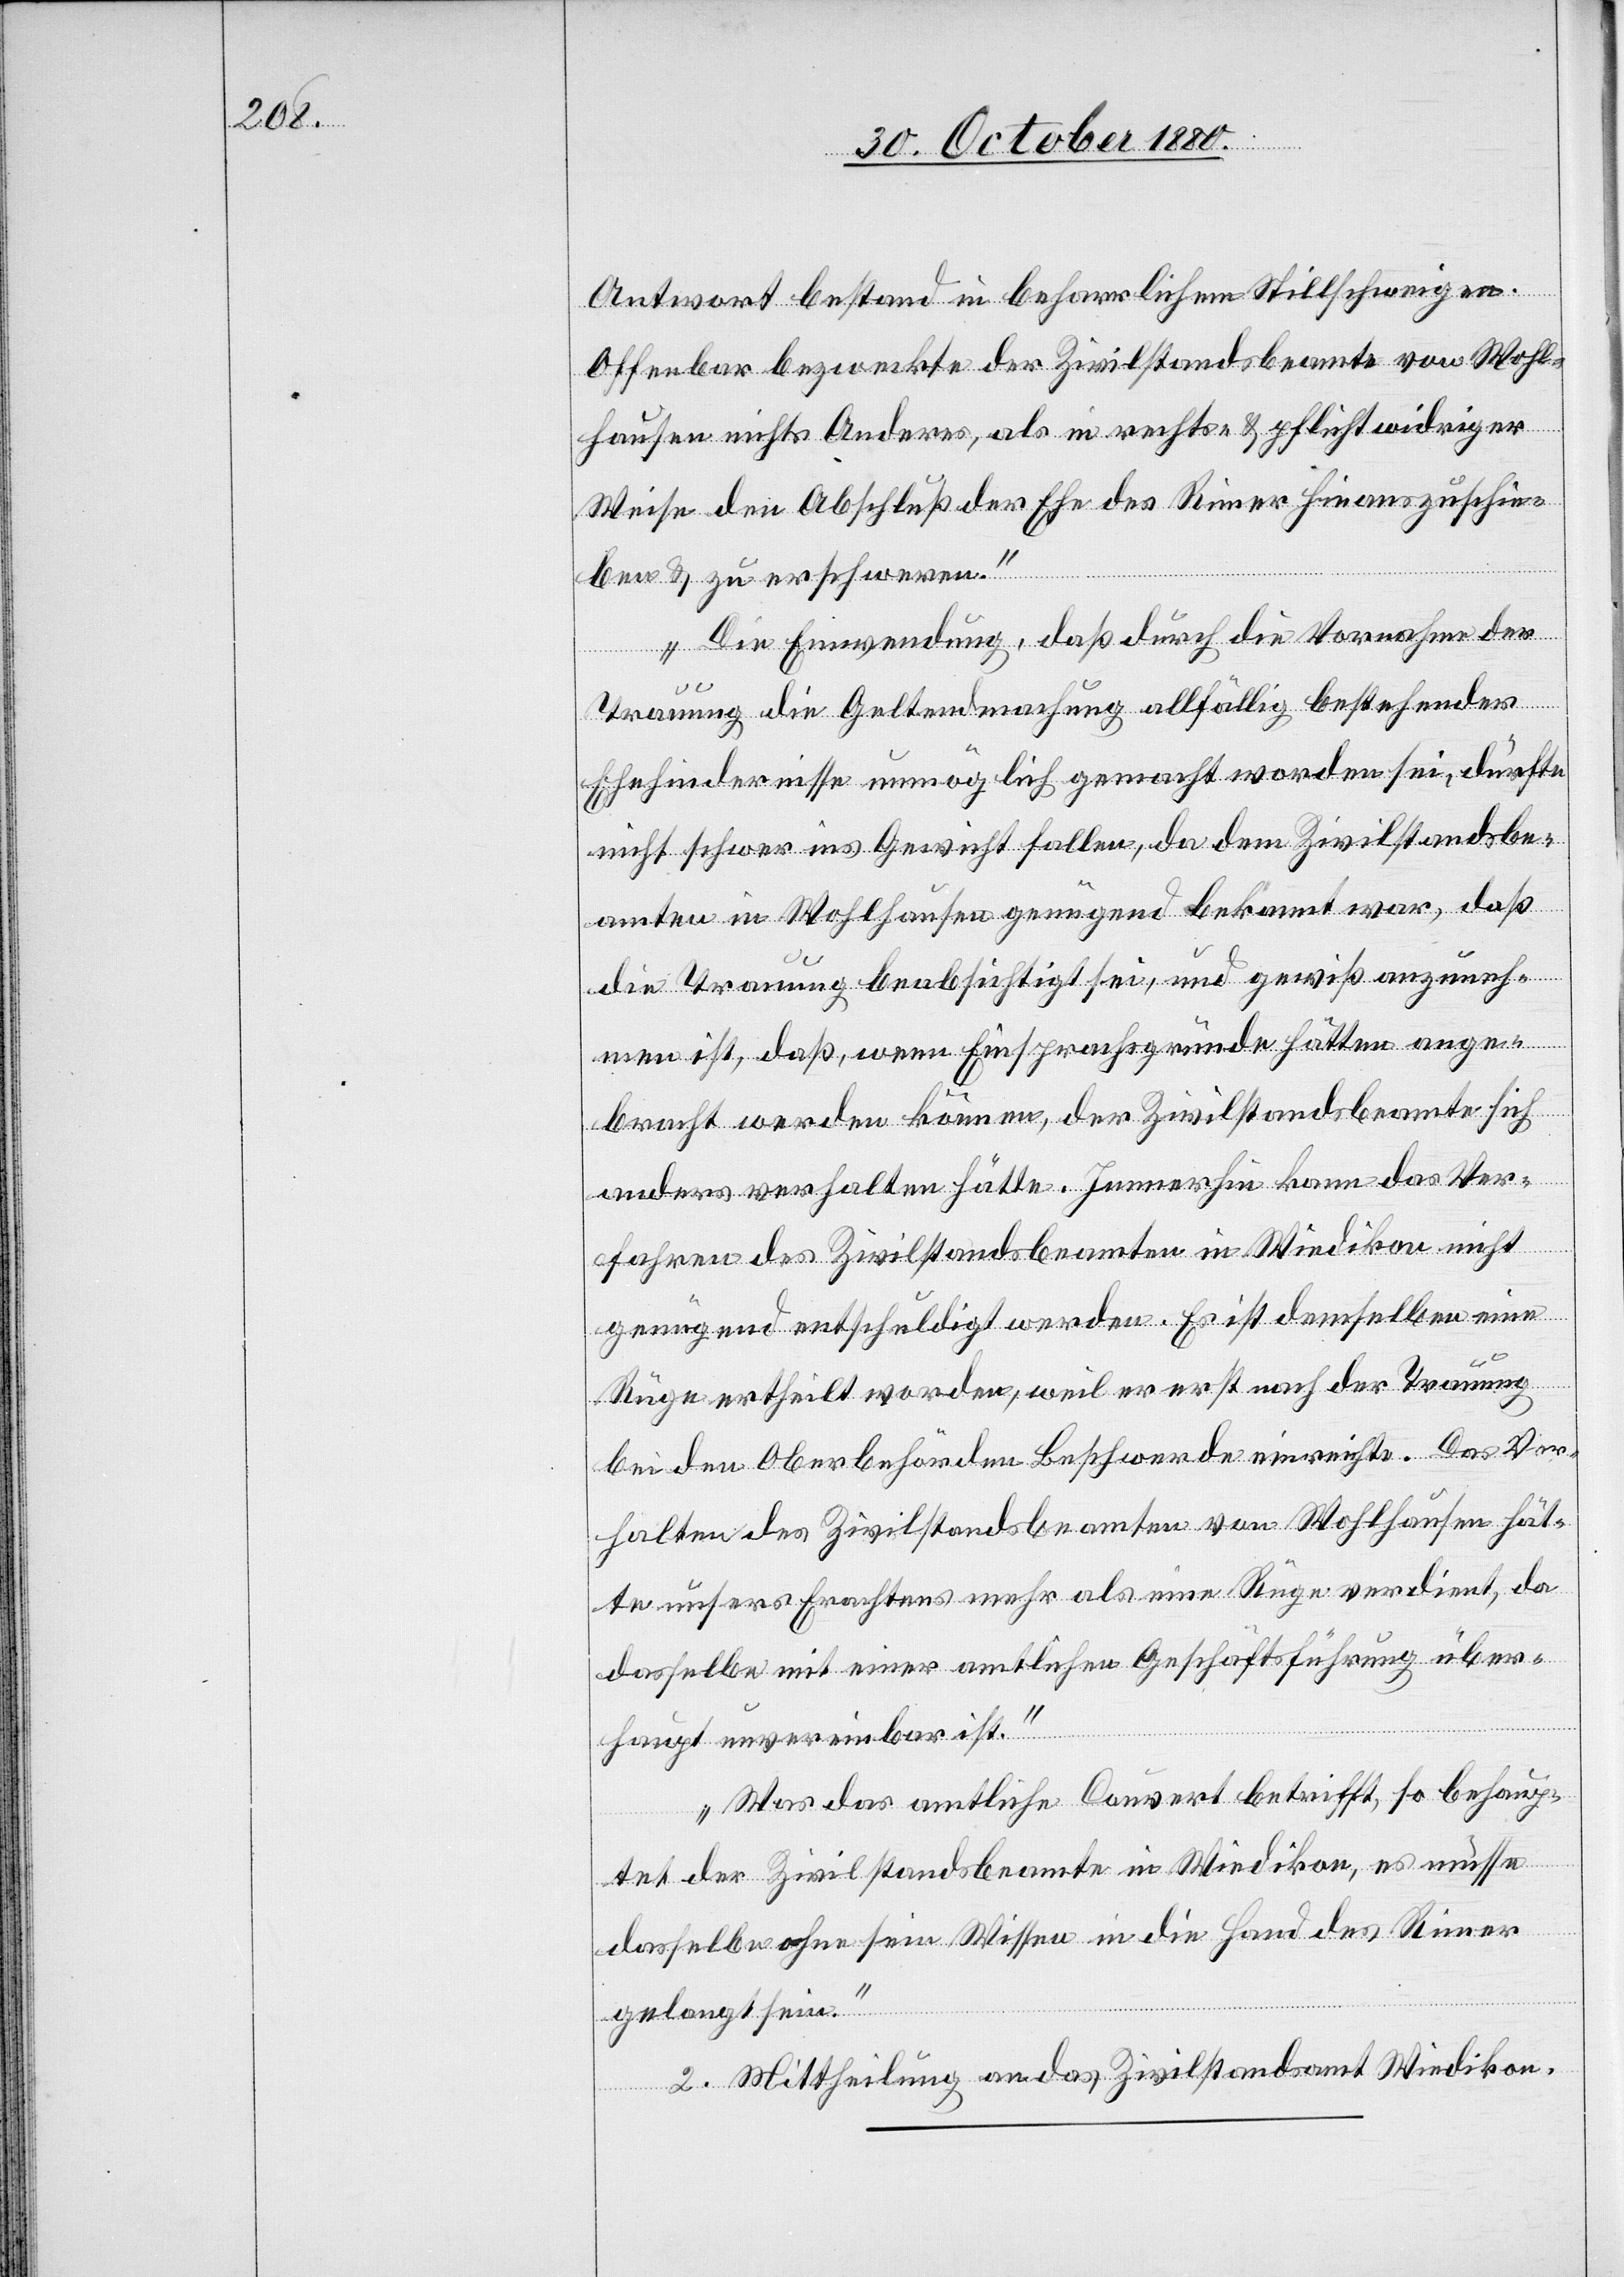
Antwort bestand in beharrlichem Stillschweigen.
Offenbar bezweckte der Zivilstandsbeamte von Wohl¬
hausen nichts Anderes, als in rechts- & pflichtwidriger
Weise den Abschluß der Ehe des Riner hinauszuschie¬
ben & zu erschweren.
Die Einwendung, daß durch die Vornahme der
Trauung die Geltendmachung allfällig bestehender
Ehehindernisse unmöglich gemacht worden sei, dürfte
nicht schwer ins Gewicht fallen, da dem Zivilstandsbe¬
amten in Wohlhausen genügend bekannt war, daß
die Trauung beabsichtigt sei, und gewiß anzuneh¬
men ist, daß, wenn Einsprachsgründe hätten ange¬
bracht werden können, der Zivilstandsbeamte sich
anders verhalten hätte. Immerhin kann das Ver¬
fahren des Zivilstandsbeamten in Wiedikon nicht
genügend entschuldigt werden. Es ist demselben eine
Rüge ertheilt worden, weil er erst nach der Trauung
bei den Oberbehörden Beschwerde einreichte. Das Ver¬
halten des Zivilstandsbeamten von Wohlhausen hät¬
te unsers Erachtens mehr als eine Rüge verdient, da
dasselbe mit einer amtlichen Geschäftsführung über¬
haupt unvereinbar ist.
Was das amtliche Couvert betrifft, so behaup¬
tet der Zivilstandsbeamte in Wiedikon, es müsse
dasselbe ohne sein Wissen in die Hand des Riner
gelangt sein.“
II. Mittheilung an das Zivilstandsamt Wiedikon.